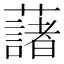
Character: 藷